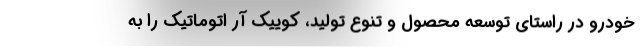
خودرو در راستای توسعه محصول و تنوع تولید، کوییک آر اتوماتیک را به